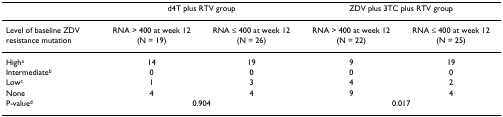
<table><thead><tr><td></td><td colspan="2"><b>d4T plus RTV group</b></td><td colspan="2"><b>ZDV plus 3TC plus RTV group</b></td></tr></thead><tbody><tr><td>Level of baseline ZDV resistance mutation</td><td>RNA &gt; 400 at week 12(N = 19)</td><td>RNA ≤ 400 at week 12(N = 26)</td><td>RNA &gt; 400 at week 12(N = 22)</td><td>RNA ≤ 400 at week 12(N = 25)</td></tr><tr><td>High<sup>a</sup></td><td>14</td><td>19</td><td>9</td><td>19</td></tr><tr><td>Intermediate<sup>b</sup></td><td>0</td><td>0</td><td>0</td><td>0</td></tr><tr><td>Low<sup>c</sup></td><td>1</td><td>3</td><td>4</td><td>2</td></tr><tr><td>None</td><td>4</td><td>4</td><td>9</td><td>4</td></tr><tr><td>P-value<sup>d</sup></td><td colspan="2">0.904</td><td colspan="2">0.017</td></tr></tbody></table>